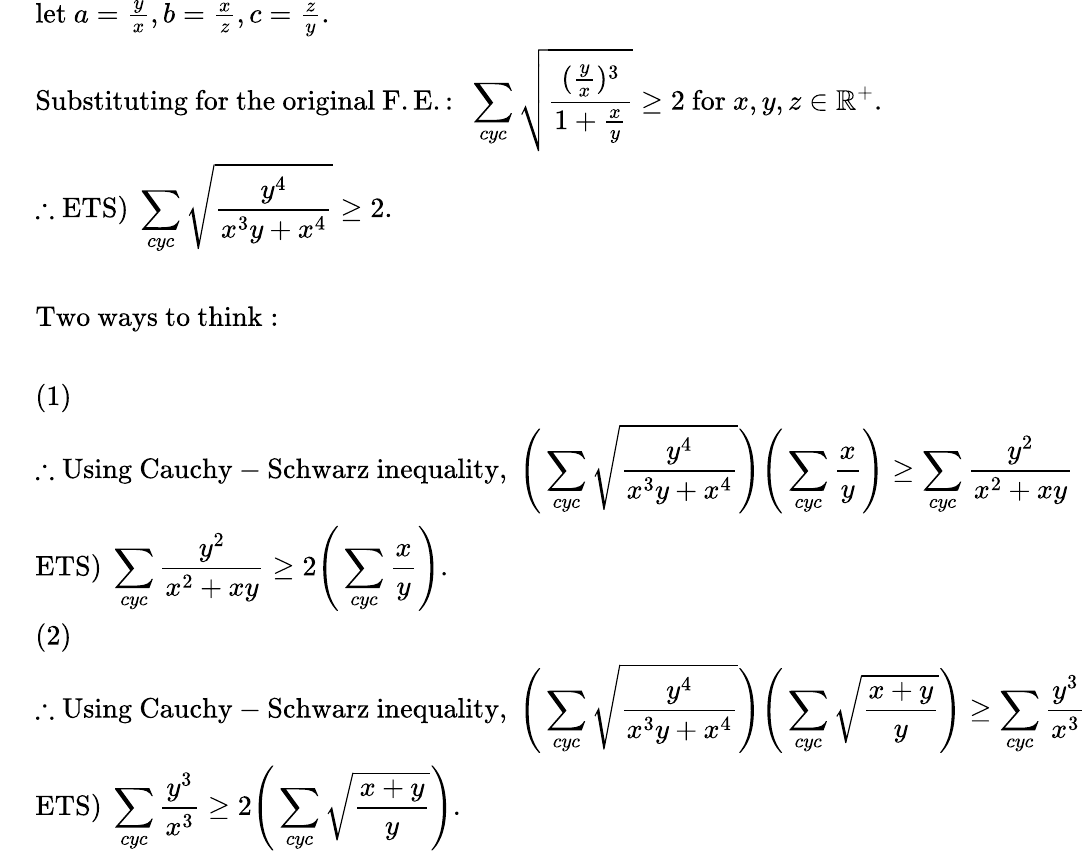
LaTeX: \begin{array}{rl}&{\mathrm{let~}a=\frac{y}{x},b=\frac{x}{z},c=\frac{z}{y}.}\\ &{\mathrm{Substituting~for~the~original~F.E.:~}\displaystyle\sum_{cyc}\sqrt{\frac{(\frac{y}{x})^{3}}{1+\frac{x}{y}}}\geq 2\mathrm{~for~}x,y,z\in\mathbb{R}^{+}.}\\ &{\therefore\mathrm{ETS)~}\displaystyle\sum_{cyc}\sqrt{\frac{y^{4}}{x^{3}y+x^{4}}}\geq 2.}\\ {\ }\\ &{\mathrm{Two~ways~to~think:~}}\\ {\ }\\ &{(1)}\\ &{\therefore\mathrm{Using~Cauchy-Schwarz~inequality,~}\displaystyle\Bigg(\sum_{cyc}\sqrt{\frac{y^{4}}{x^{3}y+x^{4}}}\Bigg)\Bigg(\sum_{cyc}\frac{x}{y}\Bigg)\geq\sum_{cyc}\frac{y^{2}}{x^{2}+xy}}\\ &{\mathrm{ETS)~}\displaystyle\sum_{cyc}\frac{y^{2}}{x^{2}+xy}\geq 2\Bigg(\sum_{cyc}\frac{x}{y}\Bigg).\ }\\ &{(2)}\\ &{\therefore\mathrm{Using~Cauchy-Schwarz~inequality,~}\displaystyle\Bigg(\sum_{cyc}\sqrt{\frac{y^{4}}{x^{3}y+x^{4}}}\Bigg)\Bigg(\sum_{cyc}\sqrt{\frac{x+y}{y}}\Bigg)\geq\sum_{cyc}\frac{y^{3}}{x^{3}}}\\ &{\mathrm{ETS)~}\displaystyle\sum_{cyc}\frac{y^{3}}{x^{3}}\geq 2\Bigg(\sum_{cyc}\sqrt{\frac{x+y}{y}}\Bigg).}\end{array}